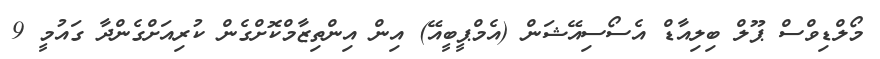
މޯލްޑިވްސް ޕޫލް ބިލިއާޑް އެސޯސިއޭޝަން (އެމްޕީބީއޭ) އިން އިންތިޒާމްކޮށްގެން ކުރިއަށްގެންދާ ގައުމީ 9